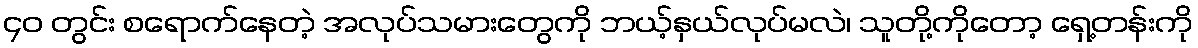
၄၀ တွင်း စရောက်နေတဲ့ အလုပ်သမားတွေကို ဘယ့်နှယ်လုပ်မလဲ၊ သူတို့ကိုတော့ ရှေ့တန်းကို